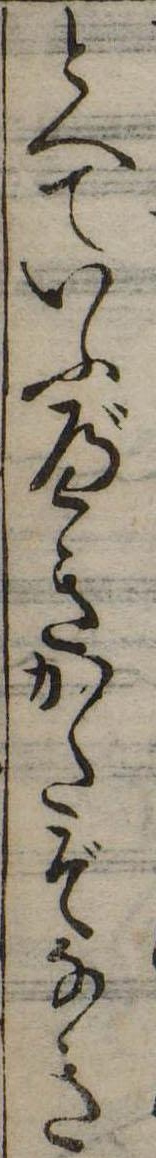
とへていふべきかたぞなき